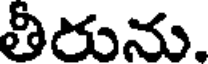
తీరును.